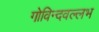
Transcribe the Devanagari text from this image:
गोविन्दवल्लभ